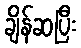
ချိန်ဆပြီး